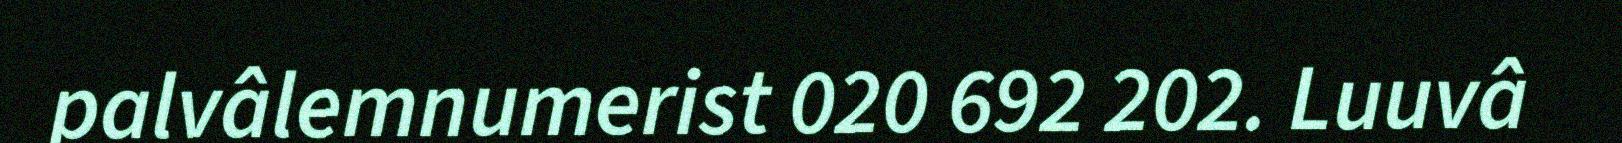
palvâlemnumerist 020 692 202. Luuvâ